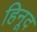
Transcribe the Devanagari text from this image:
हिनूद